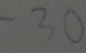
- 3 0